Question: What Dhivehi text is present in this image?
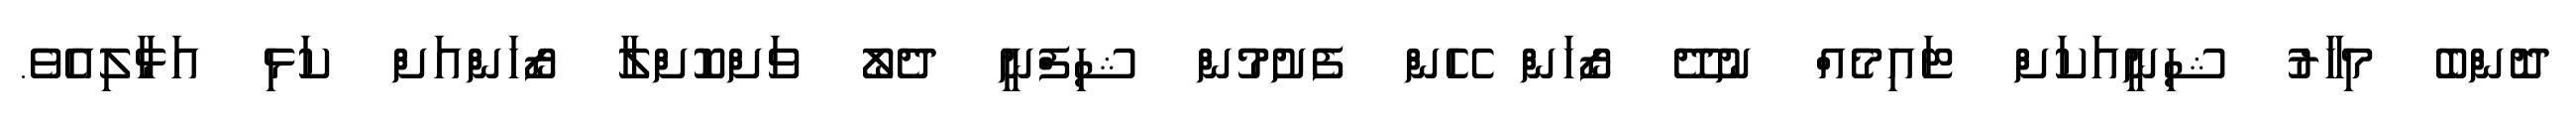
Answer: ދޮންބެ މިހާރު ޝިނީއަކަށް ޓައިމެއް ނުދޭ ޒޯހަން ހޭން ފެށުމުން ޝިފްނީ ދެލޯ ވަށްކޮށްލާ ޒޯހަންއަށް ކަޅި އަޅާލިއެވެ.